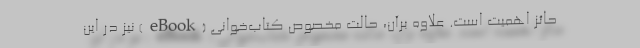
حائز اهمیت است. علاوه برآن، حالت مخصوص کتاب‌خوانی (eBook) نیز در این